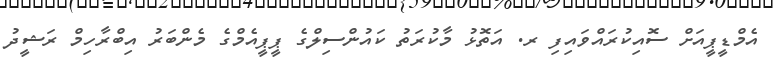
އެމްޑީޕީއަށް ސޮއިކުރައްވައިފި ރ. އަތޮޅު މާކުރަތު ކައުންސިލްގެ ޕީޕީއެމްގެ މެންބަރު އިބްރާހިމް ރަޝީދު